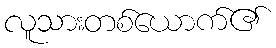
လူသားတစ်ယောက်၏